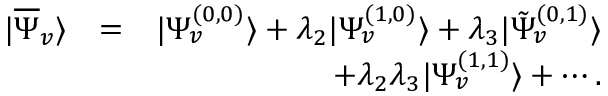
\begin{array} { r l r } { | \overline { { \Psi } } _ { v } \rangle } & { = } & { | \Psi _ { v } ^ { ( 0 , 0 ) } \rangle + \lambda _ { 2 } | \Psi _ { v } ^ { ( 1 , 0 ) } \rangle + \lambda _ { 3 } | \tilde { \Psi } _ { v } ^ { ( 0 , 1 ) } \rangle } \\ & { } & { + \lambda _ { 2 } \lambda _ { 3 } | \Psi _ { v } ^ { ( 1 , 1 ) } \rangle + \cdots . } \end{array}